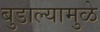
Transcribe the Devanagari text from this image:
बुडाल्यामुळे